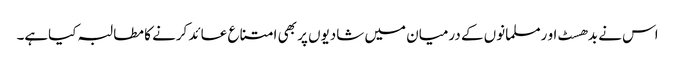
اس نے بدھسٹ او رمسلمانوں کے درمیان میں شادیوں پر بھی امتناع عائد کرنے کا مطالبہ کیاہے۔